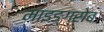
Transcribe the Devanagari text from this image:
माइङ्ग्रोब